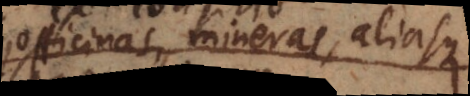
officinas, mineras, aliasque